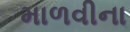
માળવીના